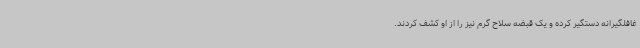
غافلگیرانه دستگیر کرده و یک قبضه سلاح گرم نیز را از او کشف کردند.